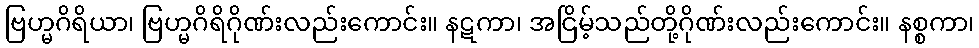
ဗြဟ္မဂိရိယာ၊ ဗြဟ္မဂိရိဂိုဏ်းလည်းကောင်း။ နဋကာ၊ အငြိမ့်သည်တို့ဂိုဏ်းလည်းကောင်း။ နစ္စကာ၊